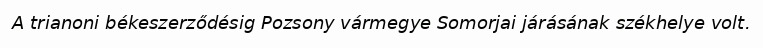
A trianoni békeszerződésig Pozsony vármegye Somorjai járásának székhelye volt.